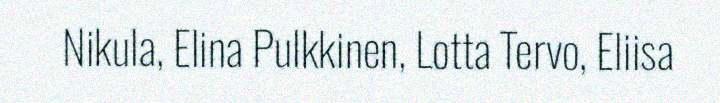
Nikula, Elina Pulkkinen, Lotta Tervo, Eliisa